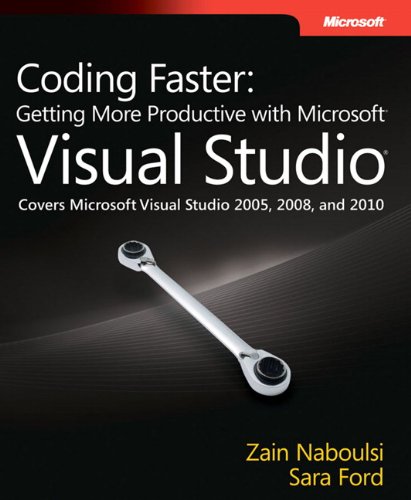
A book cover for Coding Faster: Getting More Productive with Microsoft Visual Studio (Developer Reference); Sara Ford; Computers & Technology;